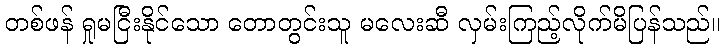
တစ်ဖန် ရှုမငြီးနိုင်သော တောတွင်းသူ မလေးဆီ လှမ်းကြည့်လိုက်မိပြန်သည်။